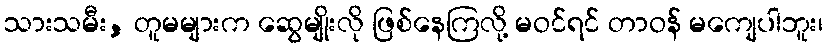
သားသမီး, တူမများက ဆွေမျိုးလို ဖြစ်နေကြလို့ မဝင်ရင် တာဝန် မကျေပါဘူး၊